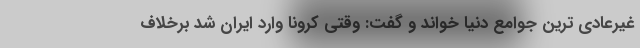
غیرعادی ترین جوامع دنیا خواند و گفت: وقتی کرونا وارد ایران شد برخلاف